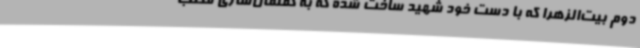
دوم بیت‌الزهرا که با دست خود شهید ساخت شده که به گفتمان‌سازی مکتب